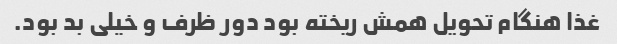
غذا هنگام تحویل همش ریخته بود دور ظرف و خیلی بد بود.